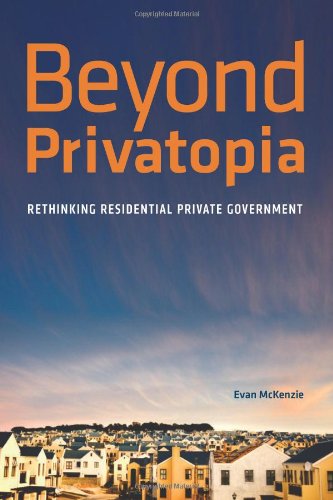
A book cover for Beyond Privatopia: Rethinking Residential Private Government; Evan McKenzie; Law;